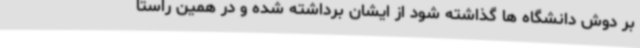
بر دوش دانشگاه ها گذاشته شود از ایشان برداشته شده و در همین راستا